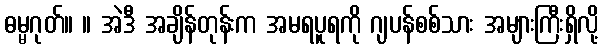
ဓမ္မဂုတ်။ ။ အဲဒီ အချိန်တုန်းက အမရပူရကို ဂျပန်စစ်သား အများကြီးရှိလို့